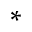
^ *